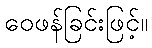
ဝေဖန်ခြင်းဖြင့်။